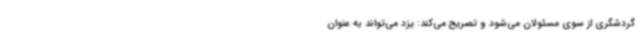
گردشگری از سوی مسئولان می‌شود و تصریح می‌کند: یزد می‌تواند به عنوان